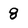
Character: 8